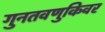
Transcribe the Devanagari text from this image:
गुनतवणुकिवर